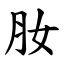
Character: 肗